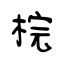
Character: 梡